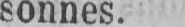
sonnes.